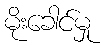
မိုးခေါင်မှု